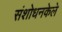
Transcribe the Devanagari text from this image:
संशोधनकेले